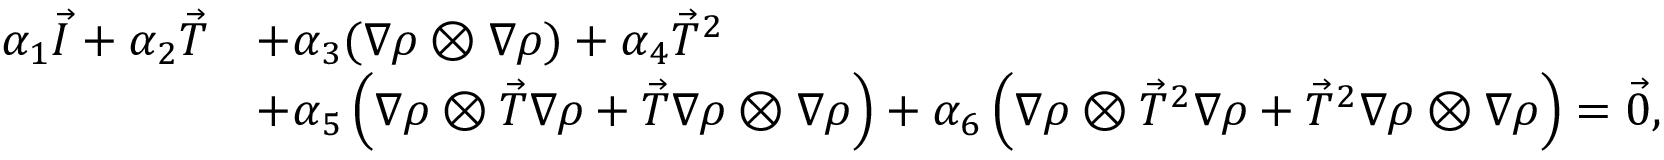
\begin{array} { r l } { \alpha _ { 1 } \vec { I } + \alpha _ { 2 } \vec { T } } & { + \alpha _ { 3 } ( \nabla \rho \otimes \nabla \rho ) + \alpha _ { 4 } \vec { T } ^ { 2 } } \\ & { + \alpha _ { 5 } \left( \nabla \rho \otimes \vec { T } \nabla \rho + \vec { T } \nabla \rho \otimes \nabla \rho \right) + \alpha _ { 6 } \left( \nabla \rho \otimes \vec { T } ^ { 2 } \nabla \rho + \vec { T } ^ { 2 } \nabla \rho \otimes \nabla \rho \right) = \vec { 0 } , } \end{array}